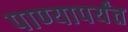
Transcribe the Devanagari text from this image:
पाण्यापर्यंत